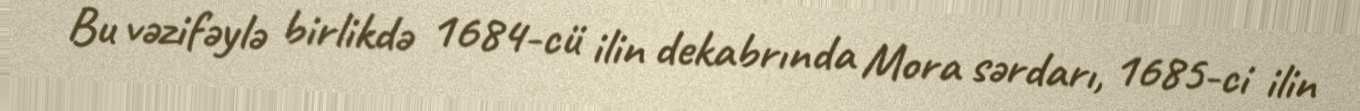
Bu vəzifəylə birlikdə 1684-cü ilin dekabrında Mora sərdarı, 1685-ci ilin